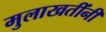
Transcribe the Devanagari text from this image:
मुलाखतींनी